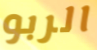
الربو